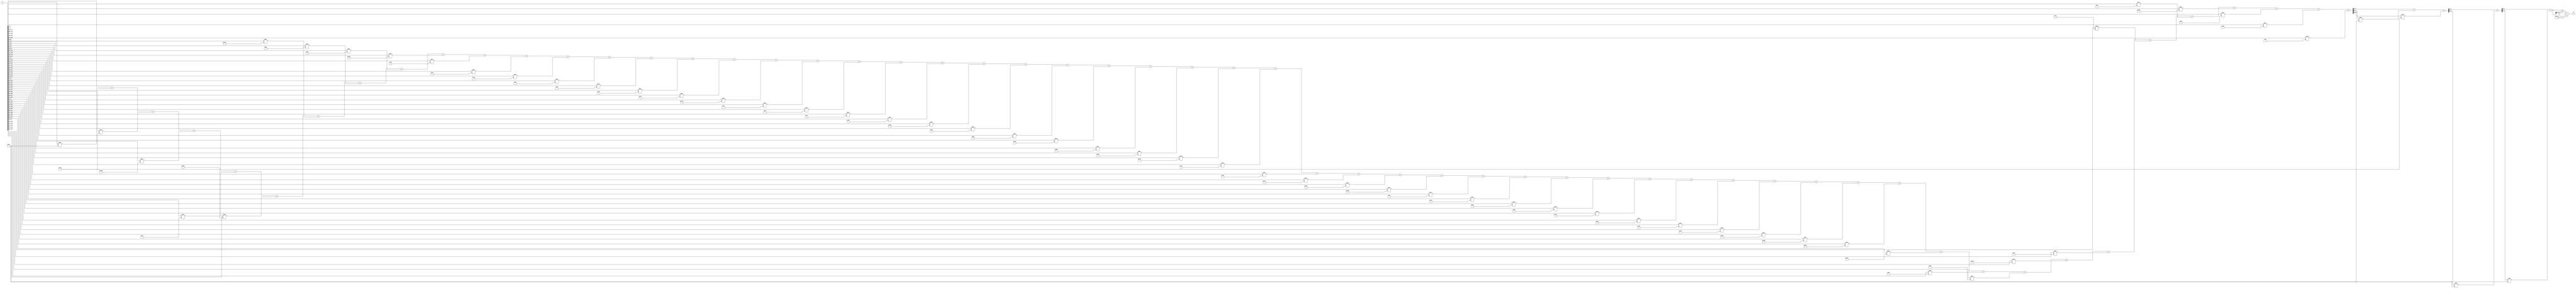
module x_500_mod_461(
    input [500:1] X,
    output [9:1] R
    );

wire [23:1] R_temp_1;
wire [15:1] R_temp_2;
wire [12:1] R_temp_3;
wire [10:1] R_temp_4;
reg [9:1]  R_temp;

assign R_temp_1 = X [ 9 : 1 ]  + X [ 18 : 10 ] * 6'b110011 + X [ 27 : 19 ] * 9'b100101000 + X [ 36 : 28 ] * 9'b101011000 + X [ 45 : 37 ] * 5'b11010 + X [ 54 : 46 ] * 9'b110010100 + X [ 63 : 55 ] * 9'b101000000 + X [ 72 : 64 ] * 8'b10111001 + X [ 81 : 73 ] * 8'b11010111 + X [ 90 : 82 ] * 9'b101101010 + X [ 99 : 91 ] * 5'b10110 + X [ 108 : 100 ] * 8'b11001000 + X [ 117 : 109 ] * 6'b111010 + X [ 126 : 118 ] * 8'b11000000 + X [ 135 : 127 ] * 7'b1101111 + X [ 144 : 136 ] * 8'b10000001 + X [ 153 : 145 ] * 7'b1111101 + X [ 162 : 154 ] * 9'b101111110 + X [ 171 : 163 ] * 7'b1111000 + X [ 180 : 172 ] * 7'b1111111 + X [ 189 : 181 ] * 5'b10111 + X [ 198 : 190 ] * 8'b11111011 + X [ 207 : 199 ] * 9'b101100010 + X [ 216 : 208 ] * 7'b1001011 + X [ 225 : 217 ] * 8'b10001001 + X [ 234 : 226 ] * 7'b1001000 + X [ 243 : 235 ] * 9'b110111101 + X [ 252 : 244 ] * 7'b1101010 + X [ 261 : 253 ] * 9'b101001111 + X [ 270 : 262 ] * 5'b11100 + X [ 279 : 271 ] * 6'b101101 + X [ 288 : 280 ] * 9'b111000011 + X [ 297 : 289 ] * 9'b110011100 + X [ 306 : 298 ] * 9'b100001011 + X [ 315 : 307 ] * 8'b11111000 + X [ 324 : 316 ] * 8'b11001001 + X [ 333 : 325 ] * 7'b1101101 + X [ 342 : 334 ] * 5'b11011 + X [ 351 : 343 ] * 9'b111000111 + X [ 360 : 352 ] * 8'b10011011 + X [ 369 : 361 ] * 7'b1000100 + X [ 378 : 370 ] * 8'b11110001 + X [ 387 : 379 ] * 9'b100110001 + X [ 396 : 388 ] * 9'b101010110 + X [ 405 : 397 ] * 9'b110000001 + X [ 414 : 406 ] * 9'b100010001 + X [ 423 : 415 ] * 7'b1011101 + X [ 432 : 424 ] * 8'b10000101 + X [ 441 : 433 ] * 9'b101001001 + X [ 450 : 442 ] * 8'b10110111 + X [ 459 : 451 ] * 7'b1110001 + X [ 468 : 460 ] * 8'b11100111 + X [ 477 : 469 ] * 9'b100000000 + X [ 486 : 478 ] * 8'b10010100 + X [ 495 : 487 ] * 8'b10101100 + X [ 500 : 496 ] * 4'b1101 ;

assign R_temp_2 = R_temp_1 [ 9 : 1 ]  + R_temp_1 [ 18 : 10 ] * 6'b110011 + R_temp_1 [ 23 : 19 ] * 9'b100101000 ;

assign R_temp_3 = R_temp_2 [ 9 : 1 ]  + R_temp_2 [ 15 : 10 ] * 6'b110011 ;

assign R_temp_4 = R_temp_3 [ 9 : 1 ]  + R_temp_3 [ 12 :10 ] * 6'b110011 ;


always @(R_temp_4)
begin
  if (R_temp_4 >= 9'b111001101)
    R_temp <= R_temp_4 - 9'b111001101;
  else
    R_temp <= R_temp_4;
end

assign R = R_temp;

endmodule